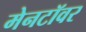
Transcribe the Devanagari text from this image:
मेनटॉवर